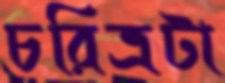
চরিত্রটা